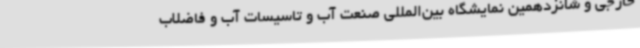
خارجی و شانزدهمین نمایشگاه بین‌المللی صنعت آب و تاسیسات آب و فاضلاب